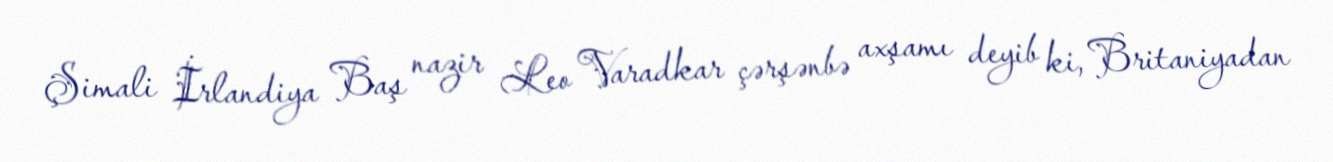
Şimali İrlandiya Baş nazir Leo Varadkar çərşənbə axşamı deyib ki, Britaniyadan